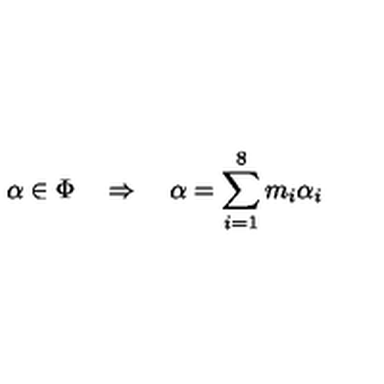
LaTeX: \alpha \in \Phi \quad \Rightarrow \quad \alpha = \sum _ { i = 1 } ^ { 8 } m _ { i } \alpha _ { i }